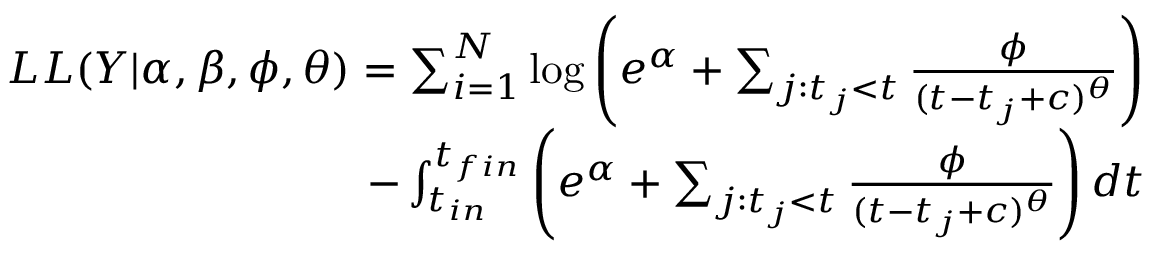
\begin{array} { r } { L L ( Y | \alpha , \beta , \phi , \theta ) = \sum _ { i = 1 } ^ { N } \log \left( e ^ { \alpha } + \sum _ { j : t _ { j } < t } \frac { \phi } { ( t - t _ { j } + c ) ^ { \theta } } \right) } \\ { - \int _ { t _ { i n } } ^ { t _ { f i n } } \left( e ^ { \alpha } + \sum _ { j : t _ { j } < t } \frac { \phi } { ( t - t _ { j } + c ) ^ { \theta } } \right) d t } \end{array}